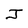
Character: J